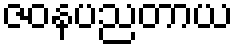
ဇဝနပညတာယ